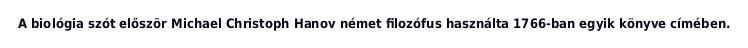
A biológia szót először Michael Christoph Hanov német filozófus használta 1766-ban egyik könyve címében.